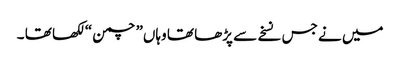
میں نے جس نسخے سے پڑھا تھا وہاں” چمن “ لکھا تھا ۔